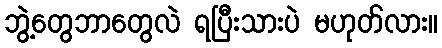
ဘွဲ့တွေဘာတွေလဲ ရပြီးသားပဲ မဟုတ်လား။